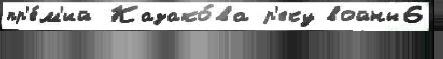
пр'е́м'ий Казако́ва р'еку войны6